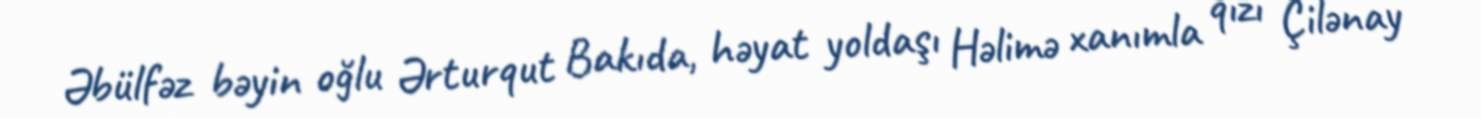
Əbülfəz bəyin oğlu Ərturqut Bakıda, həyat yoldaşı Həlimə xanımla qızı Çilənay